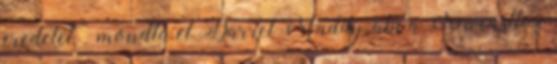
eredetét – mondta el Darrel Maddy, aki a Newcastle-i